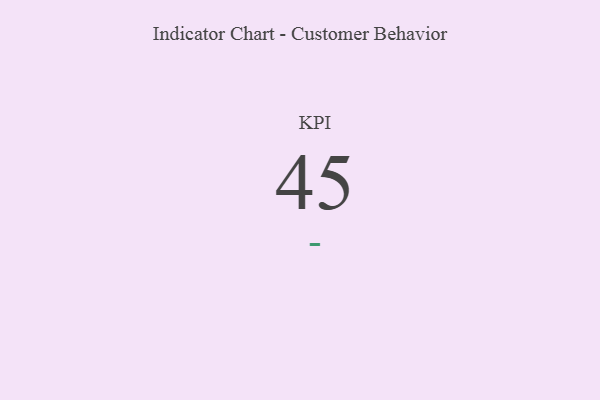
{"axis": {"x": "KPI", "y": "Value"}, "legend": [""], "data": [{"x": "KPI", "y": 45, "type": ""}]}